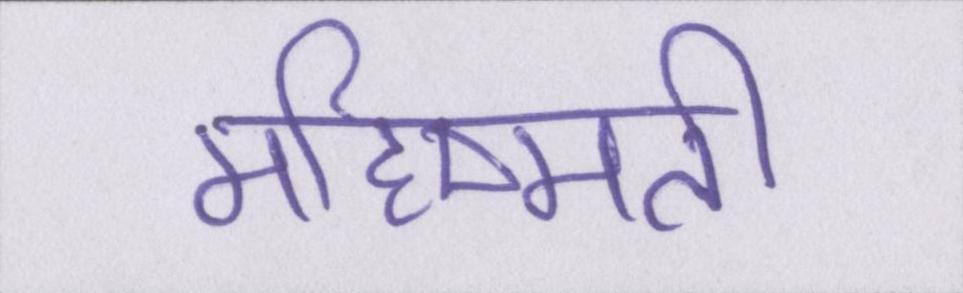
महिष्मती